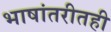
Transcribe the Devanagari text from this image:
भाषांतरीतही